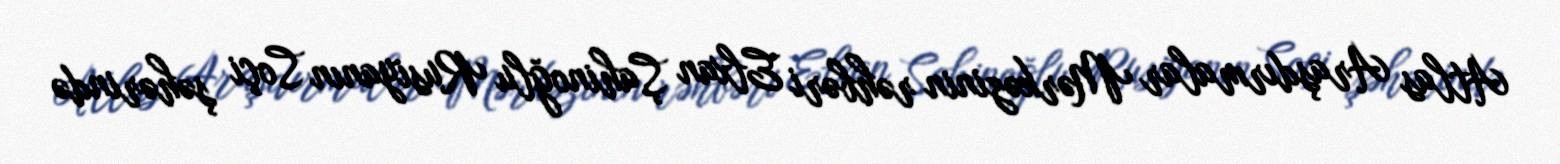
Atlas Araşdırmalar Mərkəzinin rəhbəri Elxan Şahinoğlu Rusiyanın Soçi şəhərində